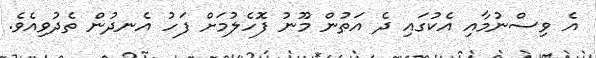
އެ ވިސްނުމާއި އެކުގައި ދެ އަތުން މޫނު ފޮހެލުމަށް ފަހު އެނދުން ތެދުވިއެވެ.